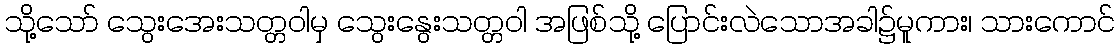
သို့သော် သွေးအေးသတ္တဝါမှ သွေးနွေးသတ္တဝါ အဖြစ်သို့ ပြောင်းလဲသောအခါ၌မူကား၊ သားကောင်